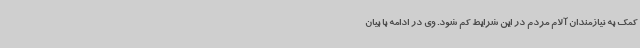
کمک به نیازمندان آلام مردم در این شرایط کم شود. وی در ادامه با بیان